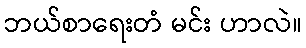
ဘယ်စာရေးတံ မင်း ဟာလဲ။